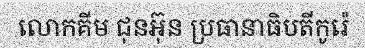
លោកគីម ជុនអ៊ុន ប្រធានាធិបតីកូរ៉េ